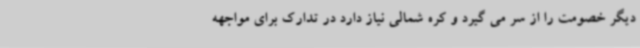
دیگر خصومت را از سر می گیرد و کره شمالی نیاز دارد در تدارک برای مواجهه